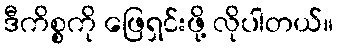
ဒီကိစ္စကို ဖြေရှင်းဖို့ လိုပါတယ်။